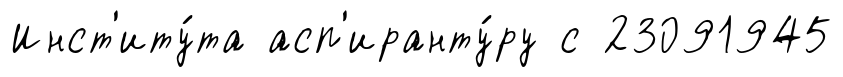
Инст'иту́та асп'иранту́ру с 23091945